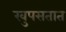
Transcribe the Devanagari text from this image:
खुपसतात